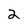
Character: 2